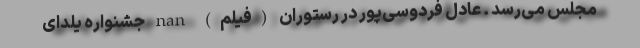
مجلس می‌رسد . عادل فردوسی‌پور در رستوران (فیلم) nan جشنواره یلدای